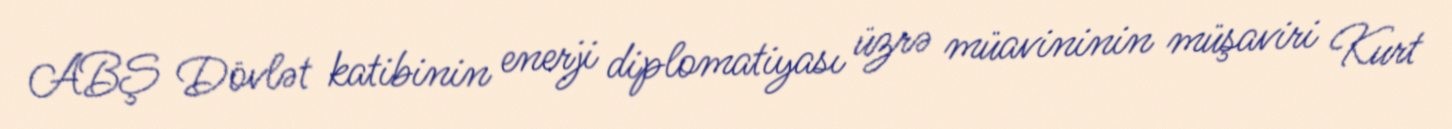
ABŞ Dövlət katibinin enerji diplomatiyası üzrə müavininin müşaviri Kurt